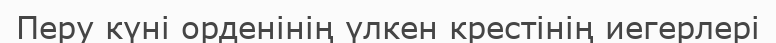
Перу күні орденінің үлкен крестінің иегерлері